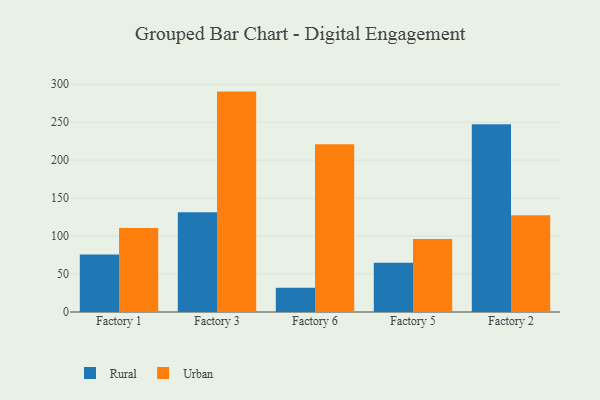
{"axis": {"x": "Factory", "y": "Website Visitors"}, "legend": ["Rural", "Urban"], "data": [{"x": "Factory 1", "y": 75.6, "type": "Rural"}, {"x": "Factory 1", "y": 110.6, "type": "Urban"}, {"x": "Factory 3", "y": 131.3, "type": "Rural"}, {"x": "Factory 3", "y": 290.3, "type": "Urban"}, {"x": "Factory 6", "y": 31.9, "type": "Rural"}, {"x": "Factory 6", "y": 220.8, "type": "Urban"}, {"x": "Factory 5", "y": 64.9, "type": "Rural"}, {"x": "Factory 5", "y": 96.2, "type": "Urban"}, {"x": "Factory 2", "y": 247.2, "type": "Rural"}, {"x": "Factory 2", "y": 127.3, "type": "Urban"}]}